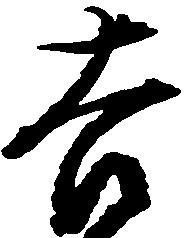
吉